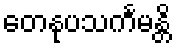
တေနုပသင်္ကမန္တိ